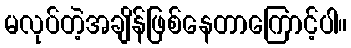
မလုပ်တဲ့အချိန်ဖြစ်နေတာကြောင့်ပါ။